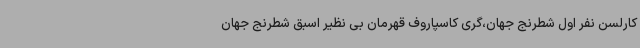
کارلسن نفر اول شطرنج جهان،گری کاسپاروف قهرمان بی نظیر اسبق شطرنج جهان